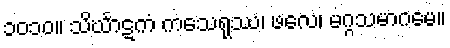
၁၀၁၀။ သိင်္ဃာဋကံ ကသေရုဿ၊ ဖလေ၊ မဂ္ဂသမာဂမေ။